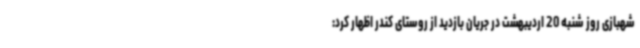
شهبازی روز شنبه 20 اردیبهشت در جریان بازدید از روستای کندر اظهار کرد: